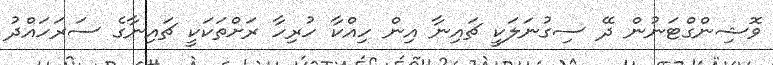
ވޮޝިންގްޓަނުން ދޭ ސިގުނަލަކީ ޗައިނާ އިން ހިއްކާ ހުރިހާ ރަށްތަކަކީ ޗައިނާގެ ސަރަހައްދު